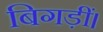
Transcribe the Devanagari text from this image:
बिगड़ीं।